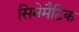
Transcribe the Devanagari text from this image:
सिनेमैटिक